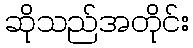
ဆိုသည်အတိုင်း